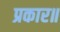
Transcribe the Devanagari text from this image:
प्रकार॥